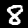
Label: 8